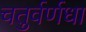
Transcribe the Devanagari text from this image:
चतुर्वर्णधा